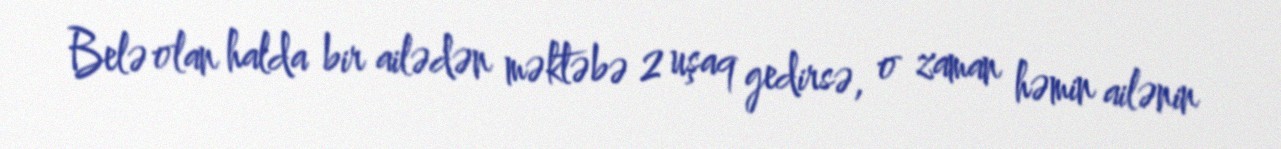
Belə olan halda bir ailədən məktəbə 2 uşaq gedirsə, o zaman həmin ailənin